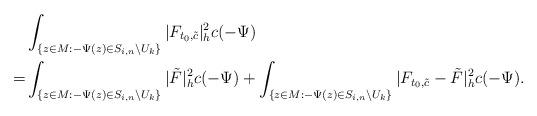
LaTeX: \begin{align*}&\int_{\{z\in M:-\Psi(z)\in S_{i,n}\backslash U_k\}}|F_{t_0,\tilde{c}}|^2_hc(-\Psi)\\=&\int_{\{z\in M:-\Psi(z)\in S_{i,n}\backslash U_k\}}|\tilde F|^2_hc(-\Psi)+\int_{\{z\in M:-\Psi(z)\in S_{i,n}\backslash U_k\}}|F_{t_0,\tilde{c}}-\tilde F|^2_hc(-\Psi).\end{align*}